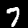
Digit: 7